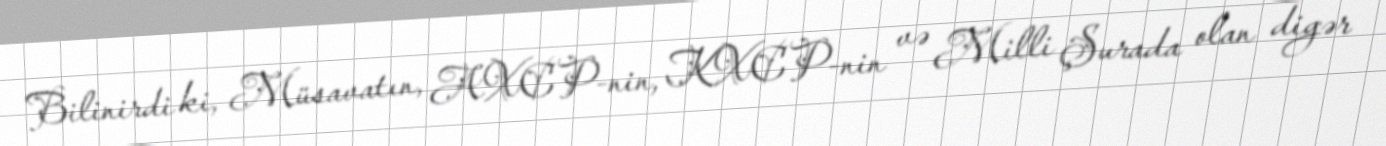
Bilinirdi ki, Müsavatın, AXCP-nin, KXCP-nin və Milli Şurada olan digər